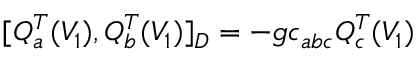
[ Q _ { a } ^ { T } ( V _ { 1 } ) , Q _ { b } ^ { T } ( V _ { 1 } ) ] _ { D } = - g c _ { a b c } Q _ { c } ^ { T } ( V _ { 1 } )